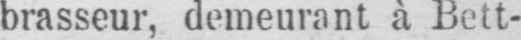
brasseur, demeurant à Bett-